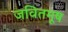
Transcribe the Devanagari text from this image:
जवितमूष